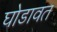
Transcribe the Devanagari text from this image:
घोडावत